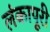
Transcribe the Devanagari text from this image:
लंकापूरी